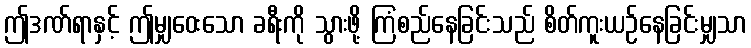
ဤဒဏ်ရာနှင့် ဤမျှဝေးသော ခရီးကို သွားဖို့ ကြံစည်နေခြင်းသည် စိတ်ကူးယဉ်နေခြင်းမျှသာ